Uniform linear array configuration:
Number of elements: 12
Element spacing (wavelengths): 1
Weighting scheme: cosine
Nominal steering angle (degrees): -60
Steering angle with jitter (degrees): -58.14
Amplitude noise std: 0.05
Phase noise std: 0.05

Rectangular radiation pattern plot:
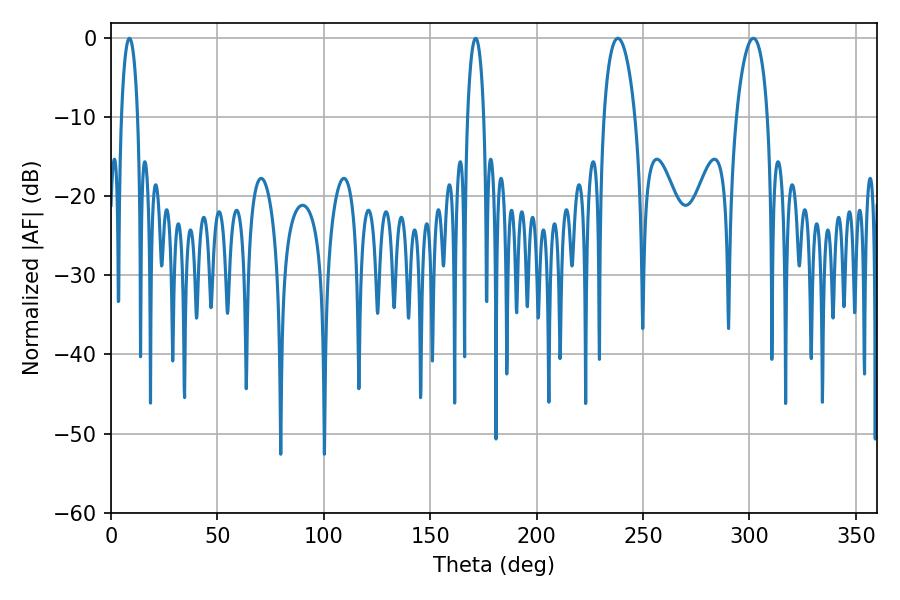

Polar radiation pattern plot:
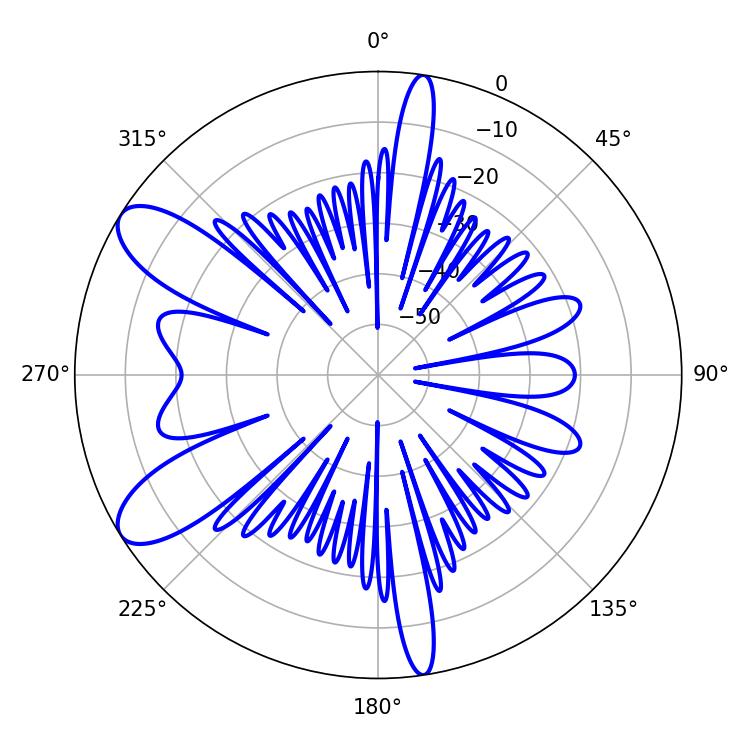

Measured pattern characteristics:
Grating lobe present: TRUE
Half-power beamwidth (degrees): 8.46
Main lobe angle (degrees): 238.14